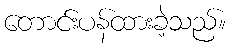
တောင်းပန်ထားခဲ့သည်။